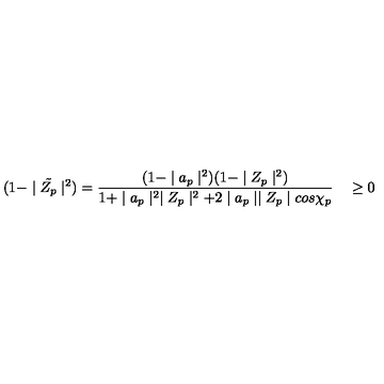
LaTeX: ( 1 - \mid { \tilde { Z _ { p } } } \mid ^ { 2 } ) = \frac { ( 1 - \mid a _ { p } \mid ^ { 2 } ) ( 1 - \mid Z _ { p } \mid ^ { 2 } ) } { 1 + \mid a _ { p } \mid ^ { 2 } \mid Z _ { p } \mid ^ { 2 } + 2 \mid a _ { p } \mid \mid Z _ { p } \mid c o s \chi _ { p } } \quad \geq 0